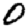
Digit: 0